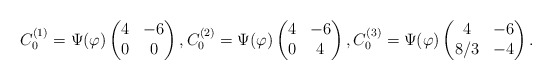
\begin{align*}C_{0}^{(1)} = \Psi(\varphi)\begin{pmatrix}4 & -6 \cr0 & 0\end{pmatrix},C_{0}^{(2)} = \Psi(\varphi)\begin{pmatrix}4 & -6 \cr0 & 4\end{pmatrix}, C_{0}^{(3)} = \Psi(\varphi)\begin{pmatrix}4 & -6 \cr8/3 & -4\end{pmatrix}.\end{align*}